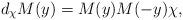
LaTeX: \begin{align*}d_\chi M(y)=M(y)M(-y)\chi, \end{align*}